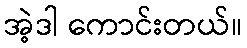
အဲ့ဒါ ကောင်းတယ်။